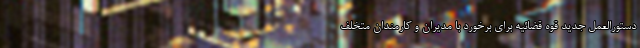
دستورالعمل جدید قوه قضائیه برای برخورد با مدیران و کارمندان متخلف